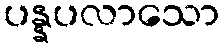
ပန္နပလာသော